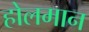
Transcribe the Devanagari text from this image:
होलमान